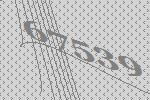
67539